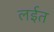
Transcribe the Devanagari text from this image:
लईत